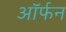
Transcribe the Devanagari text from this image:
ऑर्फन